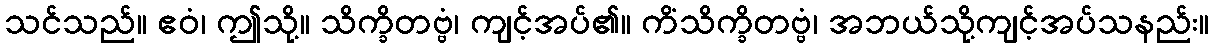
သင်သည်။ ဧဝံ၊ ဤသို့။ သိက္ခိတဗ္ဗံ၊ ကျင့်အပ်၏။ ကိံသိက္ခိတဗ္ဗံ၊ အဘယ်သို့ကျင့်အပ်သနည်း။